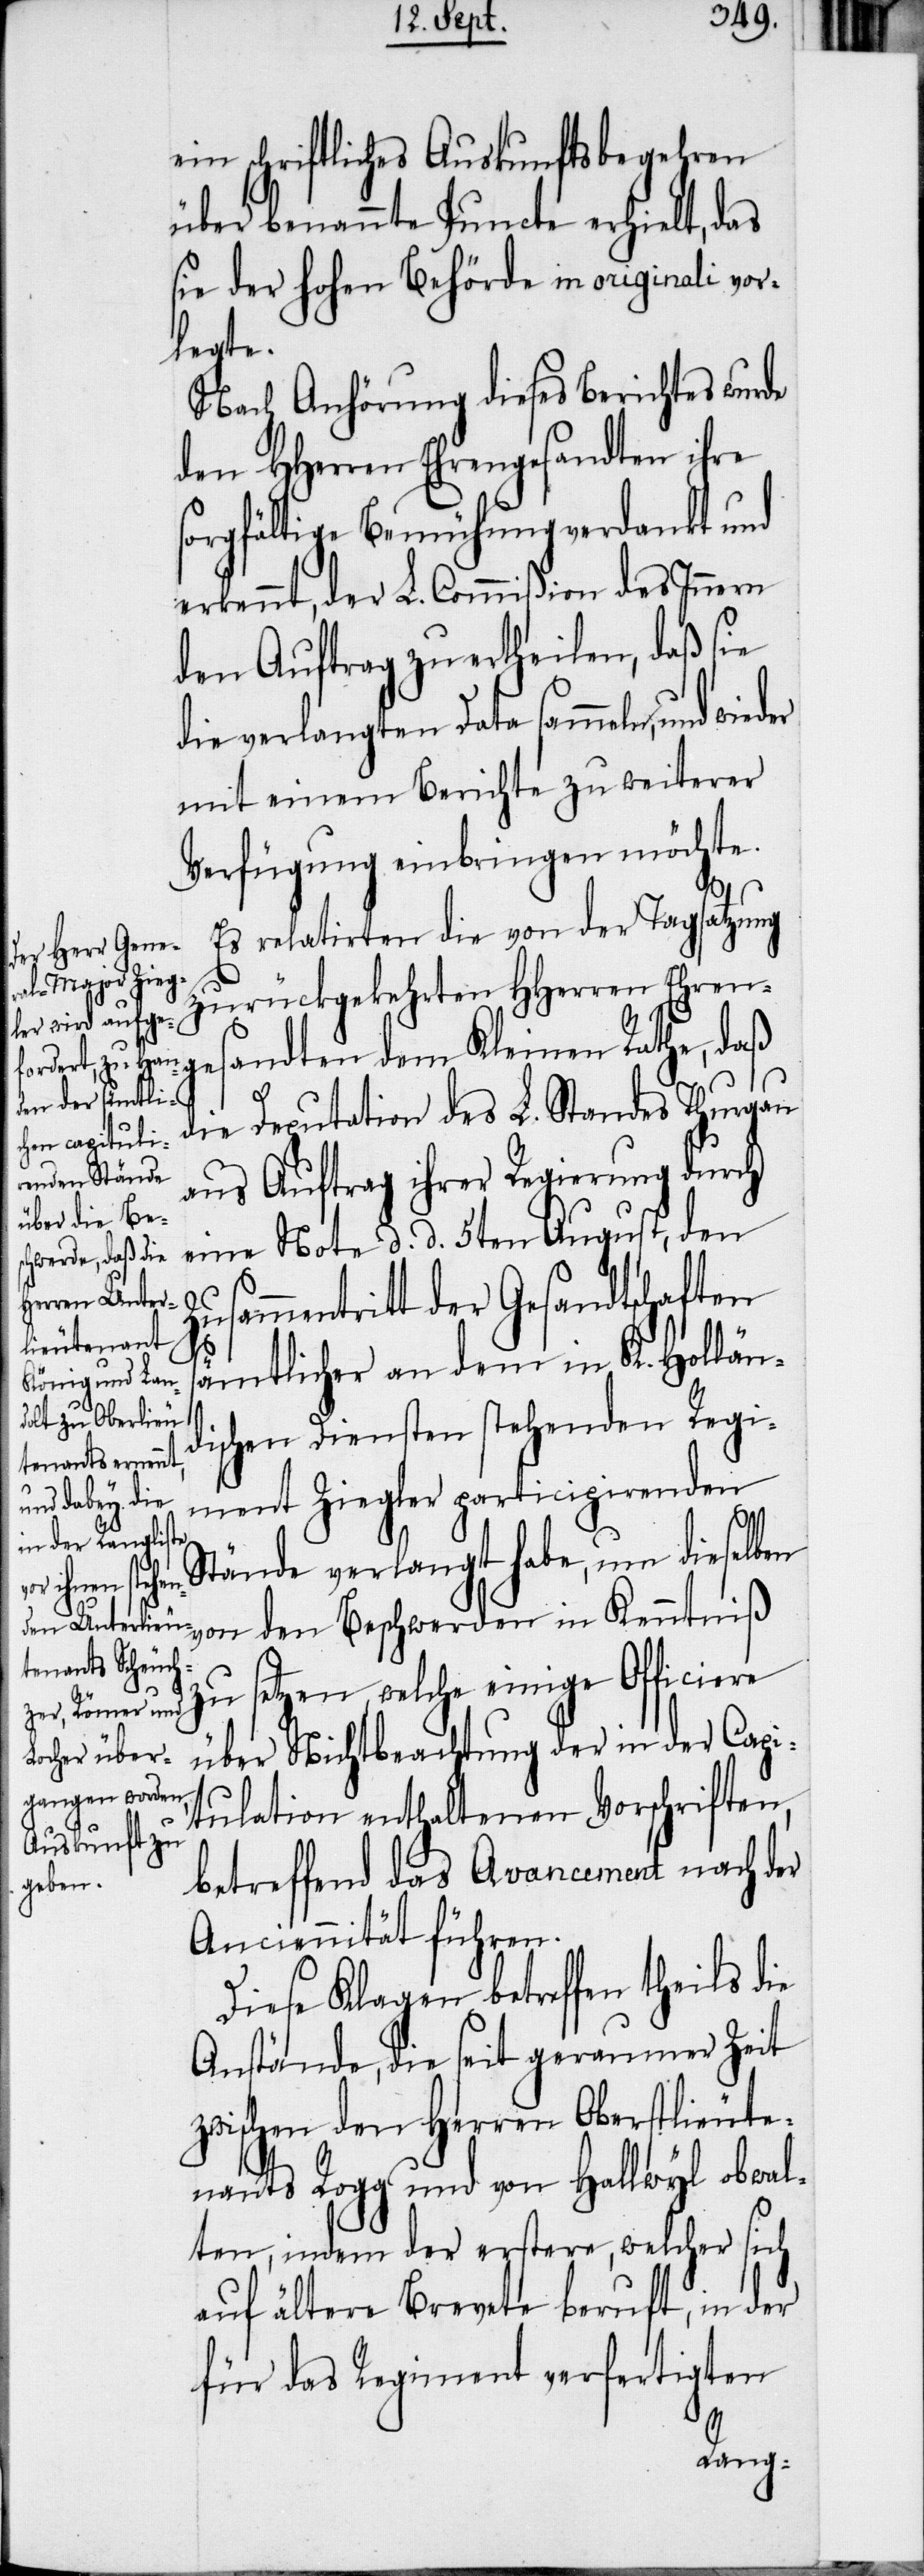
ein schriftliches Auskunftsbegehren
über benannte Puncte erhielt, das
sie der hohen Behörde in originali vor¬
legte.
Nach Anhörung dieses Berichtes wurde
den HHerren Ehrengesandten ihre
sorgfältige Bemühung verdankt und
erkennt, der L. Commißion des Innern
den Auftrag zu ertheilen, daß sie
die verlangten Data sammeln, und wieder
mit einem Berichte zu weiterer
Verfügung einbringen möchte.
Es relatirten die von der Tagsatzung
zurückgekehrten HHerren Ehren¬
sandten dem Kleinen Rathe, daß
die Deputation des L. Standes Thurgau
aus Auftrag ihrer Regierung durch
eine Note d. d. 5ten August, den
ammentritt der Gesandtschaften
s¬
ämtlicher an dem in K. Hollän¬
dischen Diensten stehenden Regi¬
ment Ziegler participirenden
Stände verlangt habe, um dieselben
von den Beschwerden in Kenntniß
zu setzen, welche einige Officiere
über Nichtbeachtung der in der Capi¬
tulation enthaltenen Vorschriften,
betreffend das Avancement nach der
Anciennität führen.
Diese Klagen betreffen theils die
Anstände, die seit geraumer Zeit
zwischen den Herren Oberstlieute¬
nants Rogg und von Hallwyl obwal¬
ten, indem der erstere, welcher sich
auf ältere Brevete beruft, in der
für das Regiment verfertigten